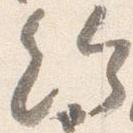
給